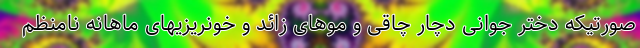
صورتیکه دختر جوانی دچار چاقی و موهای زائد و خونریزیهای ماهانه نامنظم